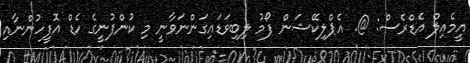
އީމެއިލް އެޑްރެސް: @. އެޕްލިކޭޝަން ފޯމު ލިބިވަޑައިގަންނަވާނީ މި ކުންފުނީގެ ހެޑް އޮފީހުންނާއި